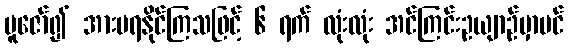
ပူဇော်၍ အားမရနိုင်ကြသဖြင့် ၆ ရက် လုံးလုံး အင်ကြင်းဥယျာဉ်မှာပင်